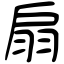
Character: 扇